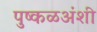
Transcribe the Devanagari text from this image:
पुष्कळअंशी